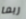
ربما